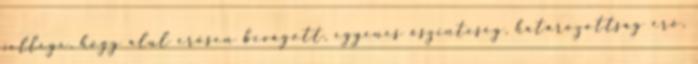
jellege, hogy alul erősen bevágott, egyenes őszinteség, határozottság erő,